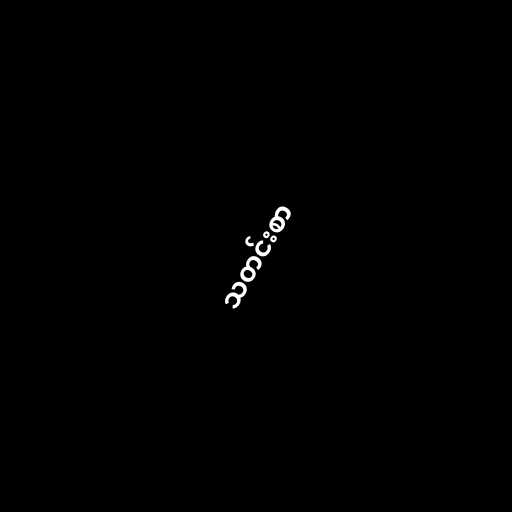
သတင်းစာ